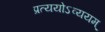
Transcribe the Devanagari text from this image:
प्रत्ययोऽव्ययम्